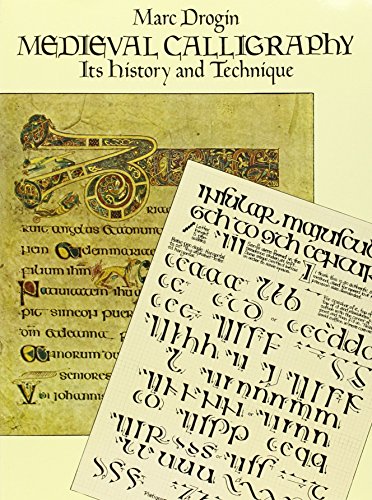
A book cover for Medieval Calligraphy: Its History and Technique (Lettering, Calligraphy, Typography); Marc Drogin; Arts & Photography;